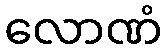
လောဏံ